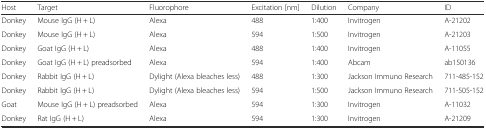
<table><thead><tr><td><b>Host</b></td><td><b>Target</b></td><td><b>Fluorophore</b></td><td><b>Excitation [nm]</b></td><td><b>Dilution</b></td><td><b>Company</b></td><td><b>ID</b></td></tr></thead><tbody><tr><td>Donkey</td><td>Mouse IgG (H + L)</td><td>Alexa</td><td>488</td><td>1:400</td><td>Invitrogen</td><td>A-21202</td></tr><tr><td>Donkey</td><td>Mouse IgG (H + L)</td><td>Alexa</td><td>594</td><td>1:500</td><td>Invitrogen</td><td>A-21203</td></tr><tr><td>Donkey</td><td>Goat IgG (H + L)</td><td>Alexa</td><td>488</td><td>1:400</td><td>Invitrogen</td><td>A-11055</td></tr><tr><td>Donkey</td><td>Goat IgG (H + L) preadsorbed</td><td>Alexa</td><td>594</td><td>1:400</td><td>Abcam</td><td>ab150136</td></tr><tr><td>Donkey</td><td>Rabbit IgG (H + L)</td><td>Dylight (Alexa bleaches less)</td><td>488</td><td>1:300</td><td>Jackson Immuno Research</td><td>711-485-152</td></tr><tr><td>Donkey</td><td>Rabbit IgG (H + L)</td><td>Dylight (Alexa bleaches less)</td><td>594</td><td>1:500</td><td>Jackson Immuno Research</td><td>711-505-152</td></tr><tr><td>Goat</td><td>Mouse IgG (H + L) preadsorbed</td><td>Alexa</td><td>594</td><td>1:300</td><td>Invitrogen</td><td>A-11032</td></tr><tr><td>Donkey</td><td>Rat IgG (H + L)</td><td>Alexa</td><td>594</td><td>1:300</td><td>Invitrogen</td><td>A-21209</td></tr></tbody></table>